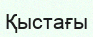
Қыстағы